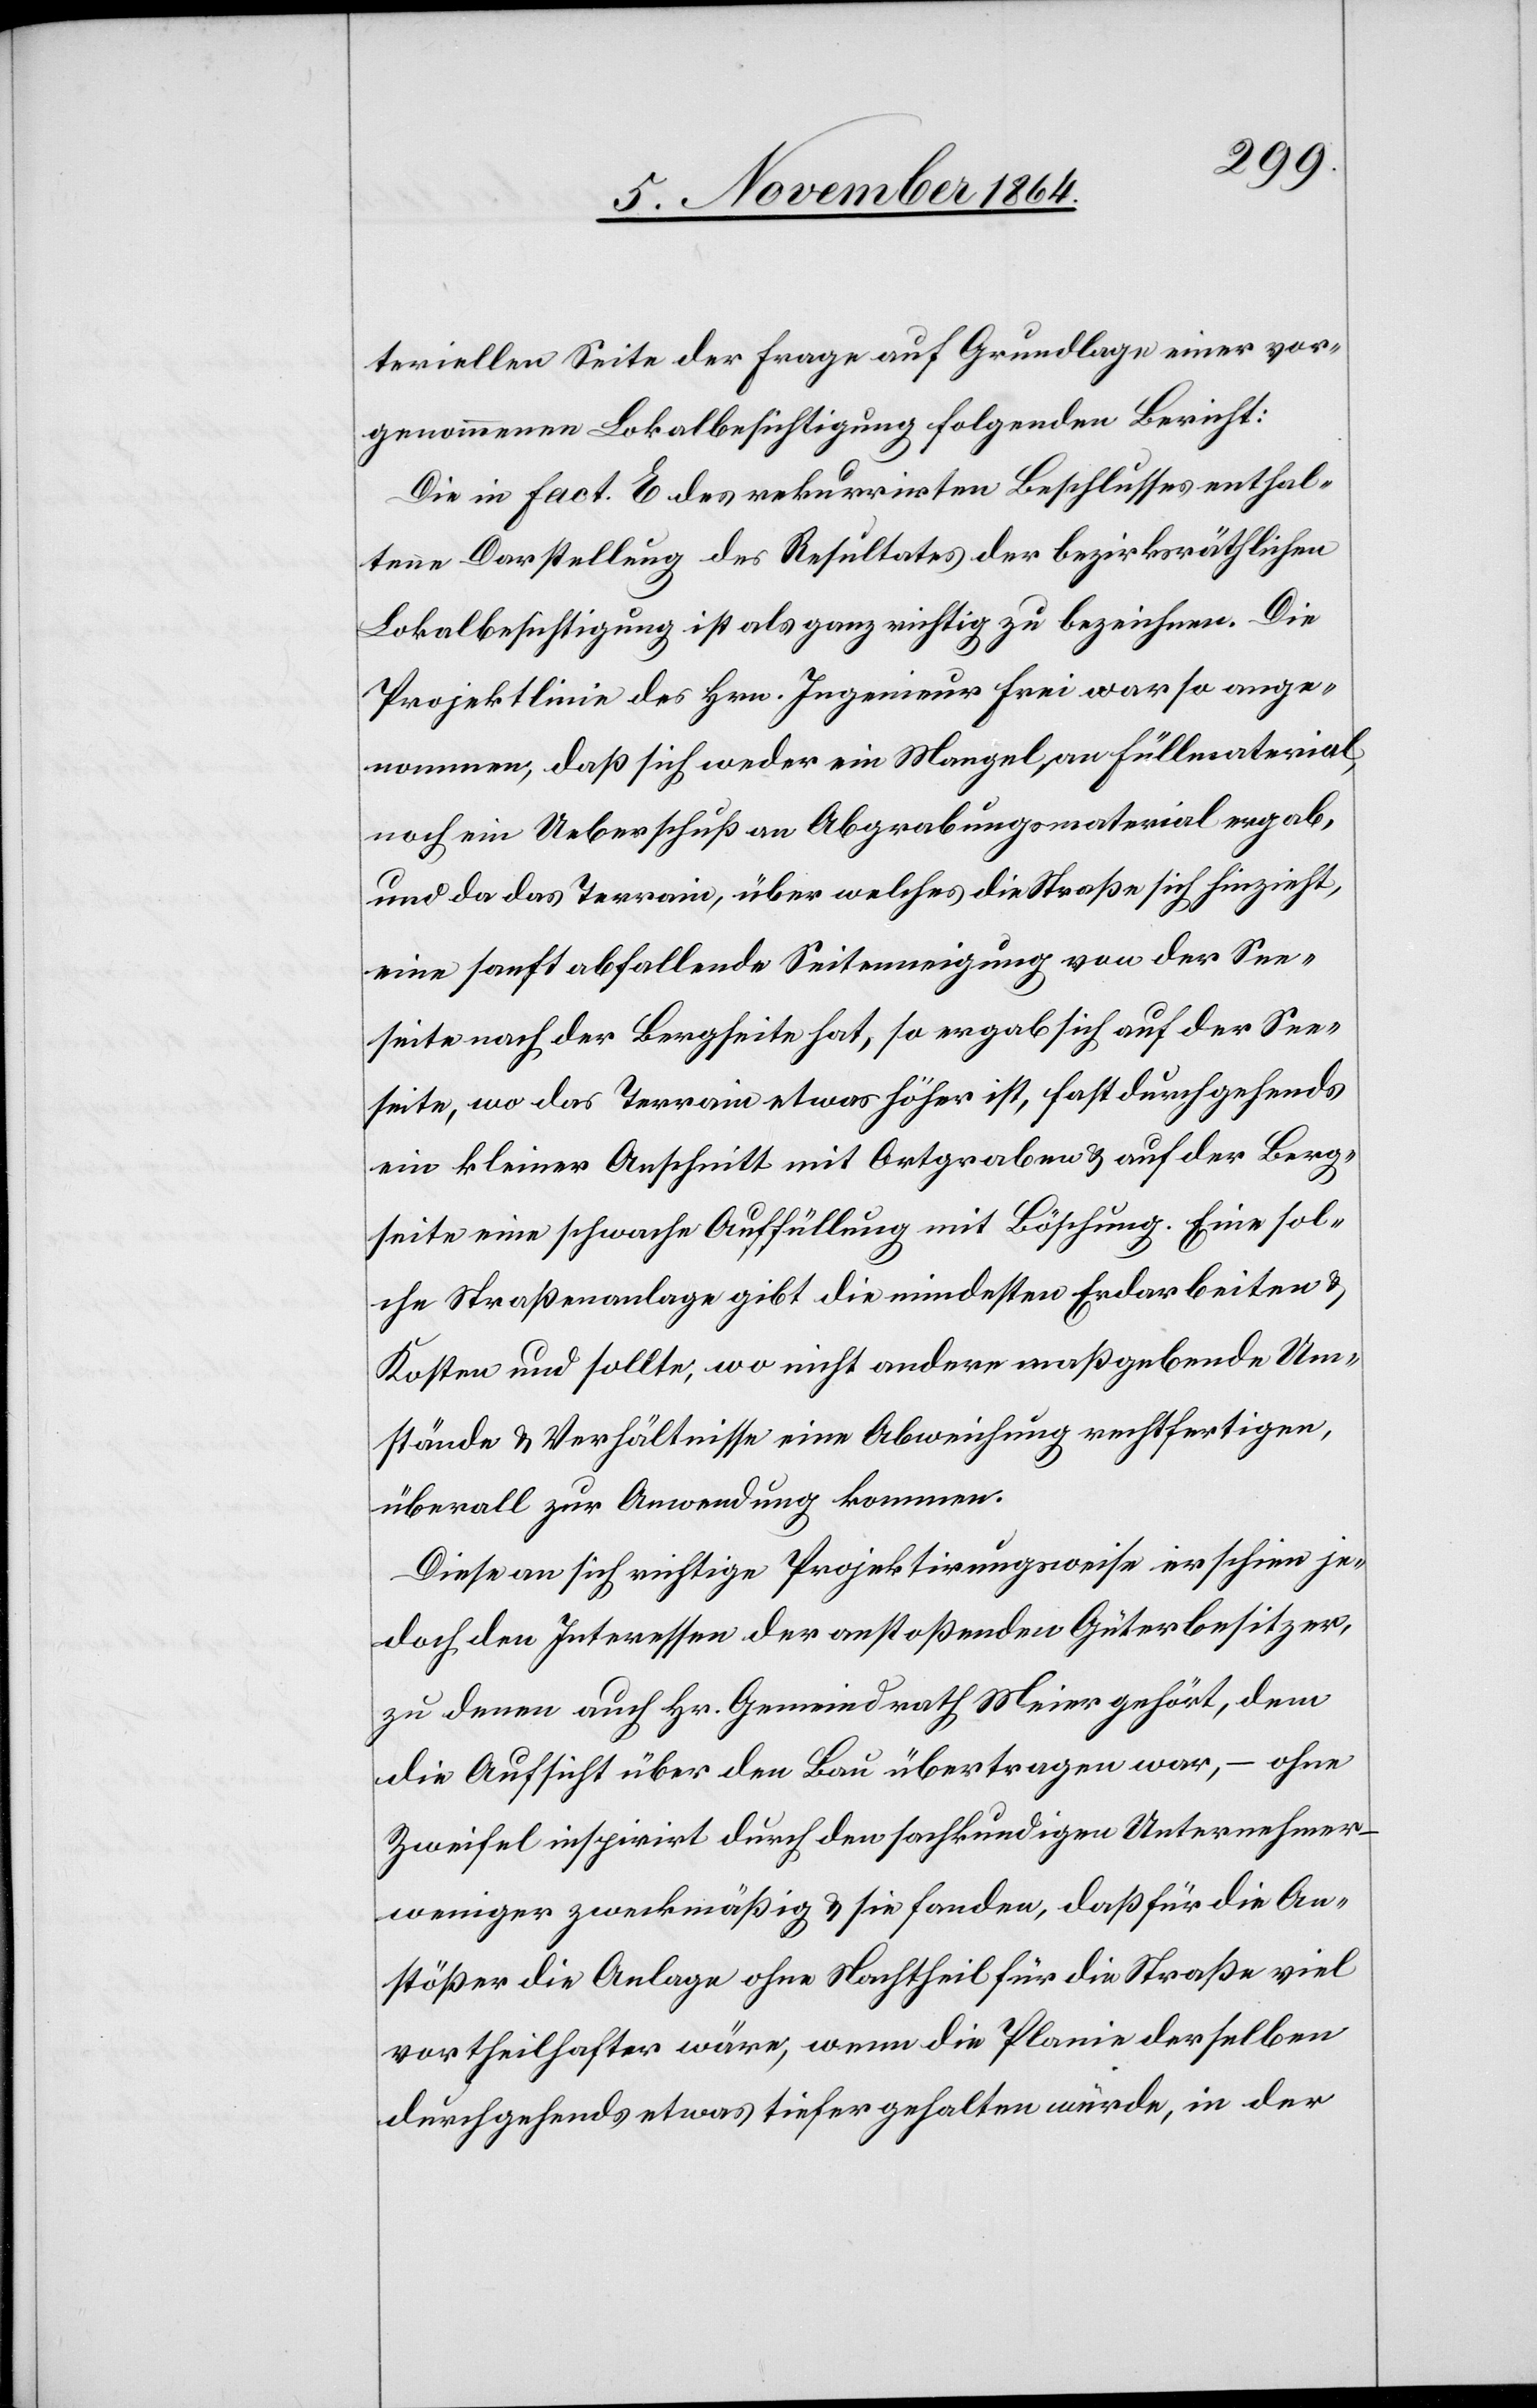
teriellen Seite der Frage auf Grundlage einer vor¬
genommenen Lokalbesichtigung folgenden Bericht:
Die in Fact E des rekurrirten Beschlusses enthal¬
tene Darstellung des Resultates der bezirksräthlichen
Lokalbesichtigung ist als ganz richtig zu bezeichnen. Die
Projektlinie des Hrn. Ingenieur Frei war so ange¬
nommen, daß sich weder ein Mangel an Füllmaterial,
noch ein Ueberfluß an Abgrabungsmaterial ergab,
und da das Terrain, über welches die Straße sich hinzieht,
eine sanft abfallende Seitenneigung von der See¬
seite nach der Bergseite hat, so ergebe sich auf der See¬
seite, wo das Terrain etwas höher ist, fast durchgehends
ein kleiner Anschnitt mit Ortgraben & auf der Berg¬
seite eine schwache Auffüllung mit Böschung. Eine sol¬
che Straßenanlage gibt die mindesten Erdarbeiten &
Kosten und sollte, wo nicht andere maßgebende Um¬
stände & Verhältnisse eine Abweichung rechtfertigen,
überall zur Anwendung kommen.
Diese an sich richtige Projektirungsweise erscheine je¬
doch den Interessen der anstoßenden Güterbesitzer,
zu denen auch Hr. Gemeindrath Meier gehört, dem
die Aufsicht über den Bau übertragen war, – ohne
Zweifel inspirirt durch den fachkundigen Unternehmer
weniger zweckmäßig & sie fanden, daß für die An¬
stößer die Anlage ohne Nachtheil für die Straße viel
vortheilhafter wäre, wenn die Planie derselben
durchgehends etwas tiefer gehalten würde, in der